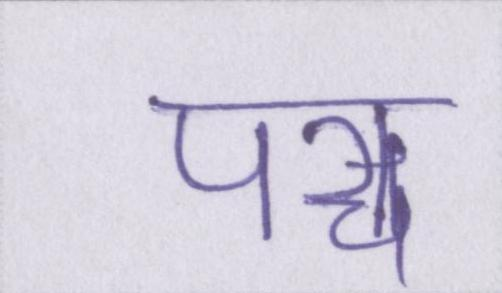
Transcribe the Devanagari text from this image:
पञ्च